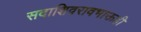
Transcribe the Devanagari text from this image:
सदाशिवरावभाऊही